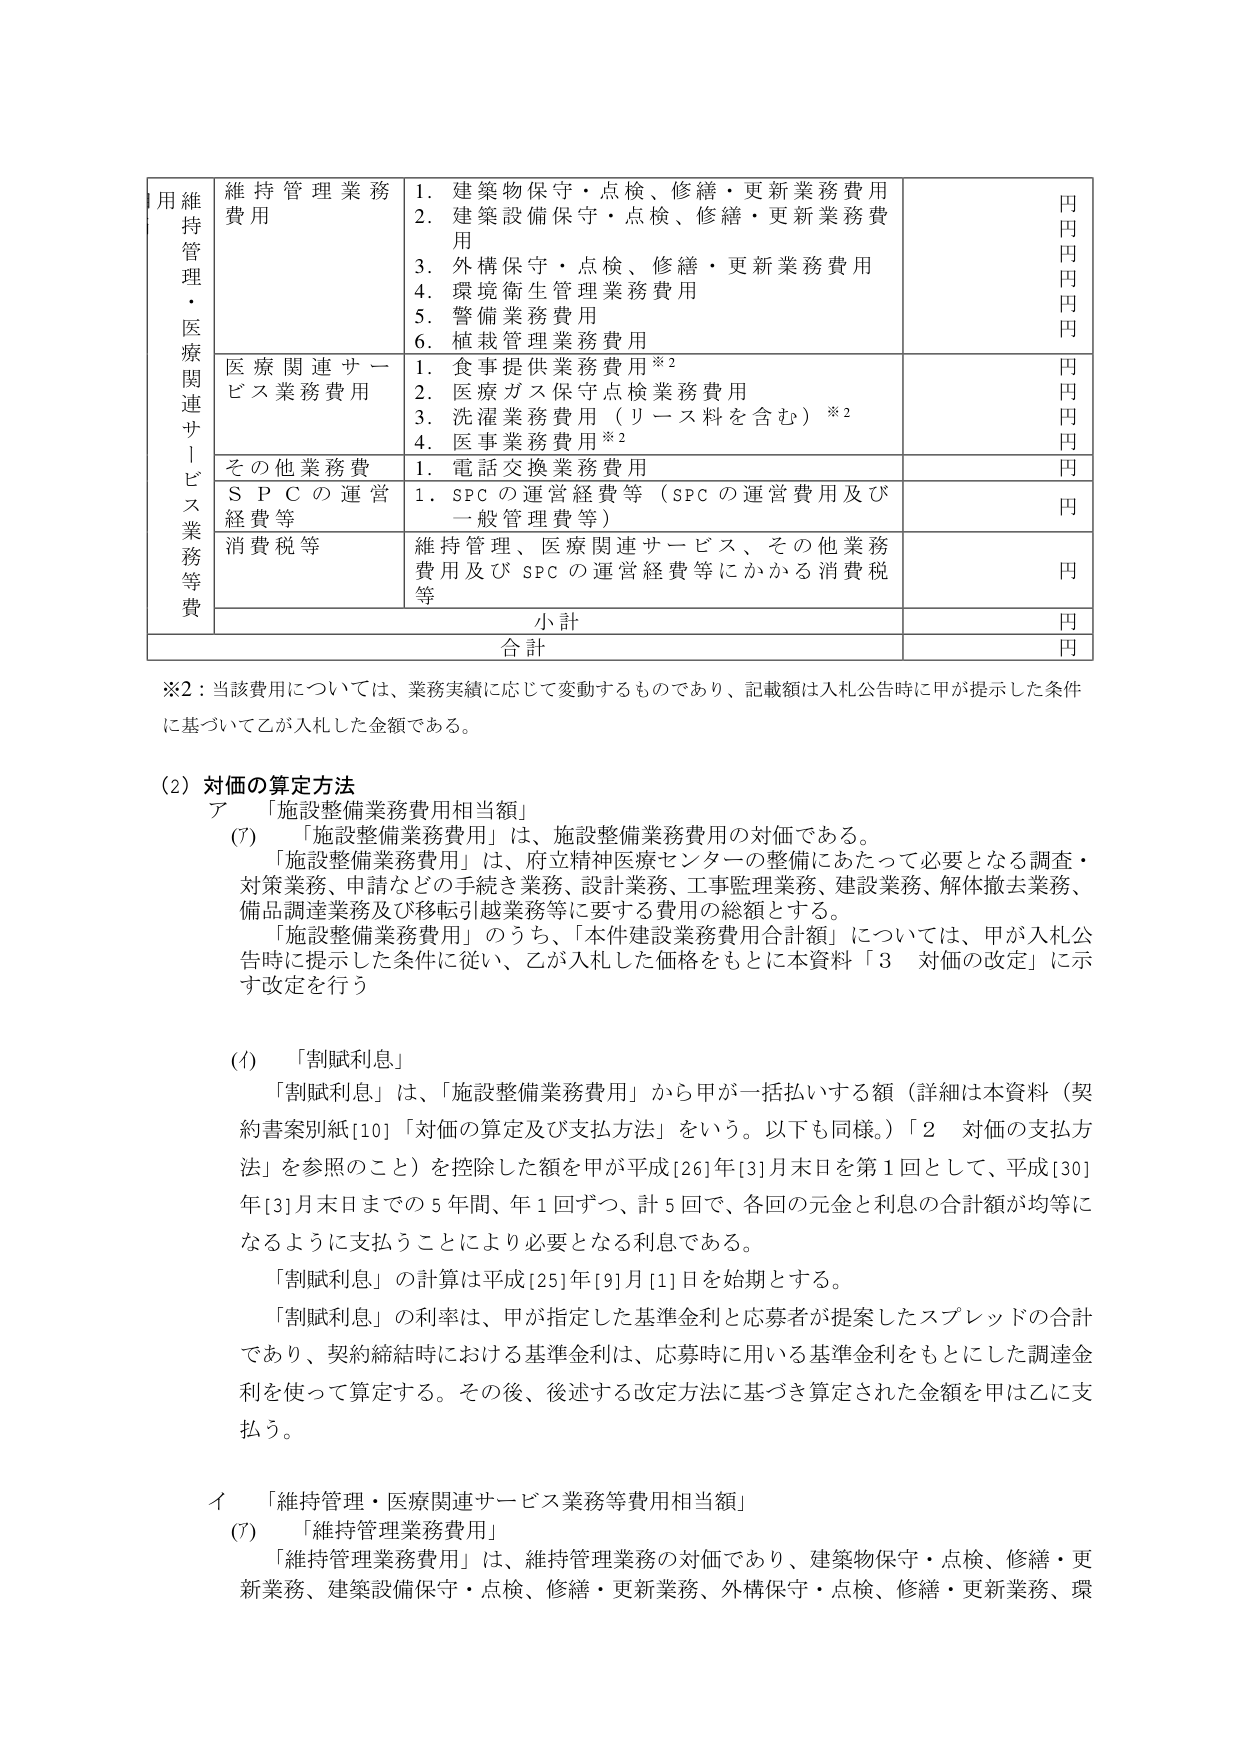
用維持管理・医療関連サービス業務等費
維持管理業務費用
1. 建築物保守・点検、修繕・更新業務費用
2. 建築設備保守・点検、修繕・更新業務費用
3. 外構保守・点検、修繕・更新業務費用
4. 環境衛生管理業務費用
5. 警備業務費用
6. 植栽管理業務費用
円
円
円
円
円
円

医療関連サービス業務費用
1. 食事提供業務費用※2
2. 医療ガス保守点検業務費用
3. 洗濯業務費用（リース料を含む）※2
4. 医事業務費用※2
円
円
円
円

その他業務費
1. 電話交換業務費用
円

ＳＰＣの運営経費等
1. SPCの運営経費等（SPCの運営費用及び一般管理費等）
円

消費税等
維持管理、医療関連サービス、その他業務費用及びSPCの運営経費等にかかる消費税等
円

小計
円

合計
円

※2：当該費用については、業務実績に応じて変動するものであり、記載額は入札公告時に甲が提示した条件に基づいて乙が入札した金額である。

(2) 対価の算定方法
ア 「施設整備業務費用相当額」
(ｱ) 「施設整備業務費用」は、施設整備業務費用の対価である。
「施設整備業務費用」は、府立精神医療センターの整備にあたって必要となる調査・対策業務、申請などの手続き業務、設計業務、工事監理業務、建設業務、解体撤去業務、備品調達業務及び移転引越業務等に要する費用の総額とする。
「施設整備業務費用」のうち、「本件建設業務費用合計額」については、甲が入札公告時に提示した条件に従い、乙が入札した価格をもとに本資料「3 対価の改定」に示す改定を行う

(ｲ) 「割賦利息」
「割賦利息」は、「施設整備業務費用」から甲が一括払いする額（詳細は本資料（契約書案別紙[10]「対価の算定及び支払方法」をいう。以下も同様。）「2 対価の支払方法」を参照のこと）を控除した額を甲が平成[26]年[3]月末日を第1回として、平成[30]年[3]月末日までの5年間、年1回ずつ、計5回で、各回の元金と利息の合計額が均等になるように支払うことにより必要となる利息である。
「割賦利息」の計算は平成[25]年[9]月[1]日を始期とする。
「割賦利息」の利率は、甲が指定した基準金利と応募者が提案したスプレッドの合計であり、契約締結時における基準金利は、応募時に用いる基準金利をもとにした調達金利を使って算定する。その後、後述する改定方法に基づき算定された金額を甲は乙に支払う。

イ 「維持管理・医療関連サービス業務等費用相当額」
(ｱ) 「維持管理業務費用」
「維持管理業務費用」は、維持管理業務の対価であり、建築物保守・点検、修繕・更新業務、建築設備保守・点検、修繕・更新業務、外構保守・点検、修繕・更新業務、環